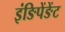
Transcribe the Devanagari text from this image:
इंङिपेंङेंट